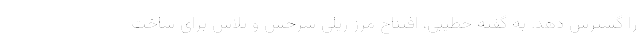
را گسترش دهد. به گفته خطیبی، افتتاح مرز ریلی سرخس و تلاش برای ساخت